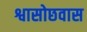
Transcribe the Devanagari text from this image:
श्वासोछवास